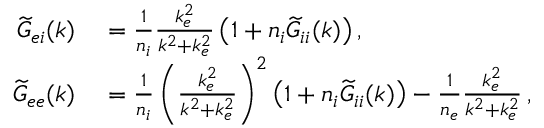
\begin{array} { r l } { \widetilde { G } _ { e i } ( \boldsymbol { k } ) } & { { } = \frac { 1 } { n _ { i } } \frac { k _ { e } ^ { 2 } } { k ^ { 2 } + k _ { e } ^ { 2 } } \left( 1 + n _ { i } \widetilde { G } _ { i i } ( \boldsymbol { k } ) \right) , } \\ { \widetilde { G } _ { e e } ( \boldsymbol { k } ) } & { { } = \frac { 1 } { n _ { i } } \left( \frac { k _ { e } ^ { 2 } } { k ^ { 2 } + k _ { e } ^ { 2 } } \right) ^ { 2 } \left( 1 + n _ { i } \widetilde { G } _ { i i } ( \boldsymbol { k } ) \right) - \frac { 1 } { n _ { e } } \frac { k _ { e } ^ { 2 } } { k ^ { 2 } + k _ { e } ^ { 2 } } \, , } \end{array}